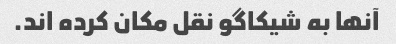
آنها به شیکاگو نقل مکان کرده اند.